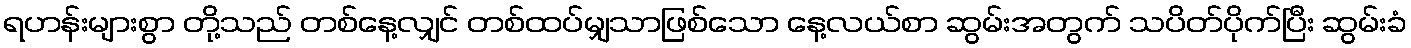
ရဟန်းများစွာ တို့သည် တစ်နေ့လျှင် တစ်ထပ်မျှသာဖြစ်သော နေ့လယ်စာ ဆွမ်းအတွက် သပိတ်ပိုက်ပြီး ဆွမ်းခံ